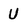
Character: U